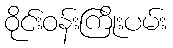
ဝိုင်းဝန်းကြိုးပမ်း